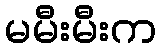
မမီးမီးက